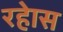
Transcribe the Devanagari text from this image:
रहेास